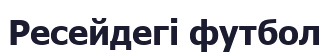
Ресейдегі футбол